Papaver somniferum - Opium : an extract from the sixth volume of the Dictionary of Economic Products of India
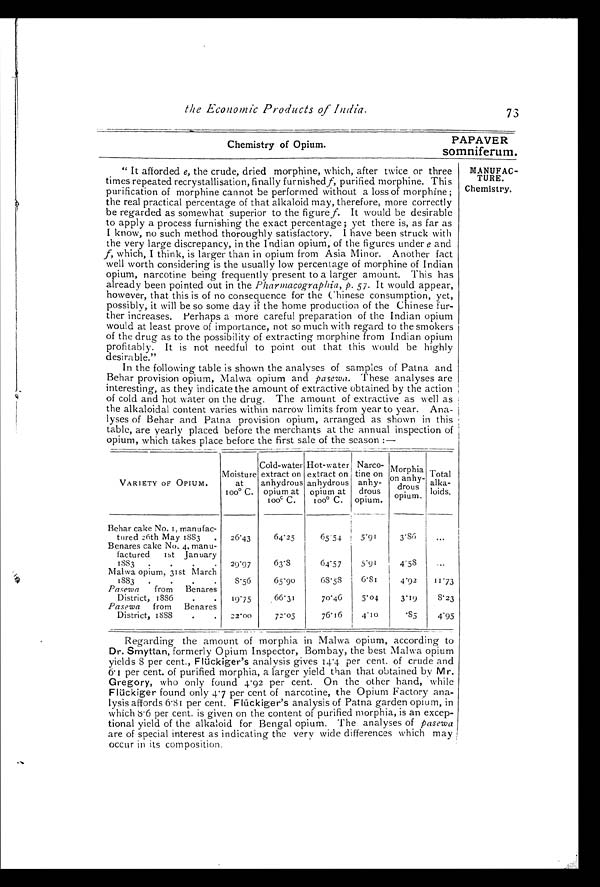
Chemistry of Opium.
PAPAVER
somniferum.
the Economic Products of India.
7
3
" It afforded e, the crude, dried morphine, which, after twice or three
times repeated recrystallisation, finally furnished f, purified morphine. This
purification of morphine cannot be performed without a loss of morphine;
the real practical percentage of that alkaloid may, therefore, more correctly
be regarded as somewhat superior to the figure f. It would be desirable
to apply a process furnishing the exact percentage; yet there is, as far as
I know, no such method thoroughly satisfactory. I have been struck with
the very large discrepancy, in the Indian opium, of the figures under e and
f, which, I think, is larger than in opium from Asia Minor. Another fact
well worth considering is the usually low percentage of morphine of Indian
opium, narcotine being frequently present to a larger amount. This has
already been pointed out in the Pharmacographia, p . 57. It would appear,
however, that this is of no consequence for the Chinese consumption, yet,
possibly, it will be so some day if the home production of the Chinese fur
-ther increases. Perhaps a more careful preparation of the Indian opium
would at least prove of importance, not so much with regard to the smokers
of the drug as to the possibility of extracting morphine from Indian opium
profitably. It is not needful to point out that this would be highly
desirable."
In the following table is shown the analyses of samples of Patna and
Behar provision opium, Malwa opium and pasewa. These analyses are
interesting, as they indicate the amount of extractive obtained by the action
of cold and hot water on the drug. The amount of extractive as well as
the alkaloidal content varies within narrow limits from year to year. Ana--
lyses of Behar and Patna provision opium, arranged as shown in this
table, are yearly placed before the merchants at the annual inspection of
opium, which takes place before the first sale of the season :—
VARIETY OF OPIUM.
Moisture
at
100°C.
Cold-water
extract on
anhydrous
opium at
1 0 0°C .
Hot-water
extract on
anhydrous
opium at
100° C.
Narco-
tine on
anhy- drous
opium.
M o r p h i a " ẁ P u l a
on anhy-
drous
opium.
m
T o t a l a l k a - l o i d s .
Behar cake No. 1, manufac-
tured 26 th May 1833 . 26.43 64.25
65.54 5.91 3.86
. . .
Benares cake No. 4, manu-
factured 1st January
1883 . . .
29.97 63.8
64.57 5.91 4.58
. . .
Malwa opium, 31st March
1 8 8 3 . . . . 8.56 65.90
68.58 6.81 4.92 11.73
Pasew a from Benares
District, 1886 . . 19.75 66.31
70.46 5.04 3.19 8.23
Pasewa from Benares
District, 1888 . .
22.00 72.05
76.16 4.10
. 8 5
4.95
Regarding the amount of morphia in Malwa opium, according to
Dr. Smyttan, formerly Opium Inspector, Bombay, the best Malwa opium
yields 8 per cent., Flückiger's analysis gives 14.4 per cent. of crude and
6.1 per cent. of purified morphia, a larger yield than that obtained by M r.
Gregory, who only found 4.92 per cent. On the other hand, while
Flückiger found only 4.7 per cent of narcotine, the Opium Factory ana
-lysis affords 6.81 per cent. Flückiger's analysis of Patna garden opium, in
which 8.6 per cent. is given on the content of purified morphia, is an excep
-tional yield of the alkaloid for Bengal opium. The analyses of pasewa
are of special interest as indicating the very wide differences which may
occur in its composition.
MANUFAC- TURE.
Chemistry.